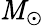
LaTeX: \mathit{M}_{\odot}